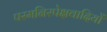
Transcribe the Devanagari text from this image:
परमनिरपेक्षवादियों